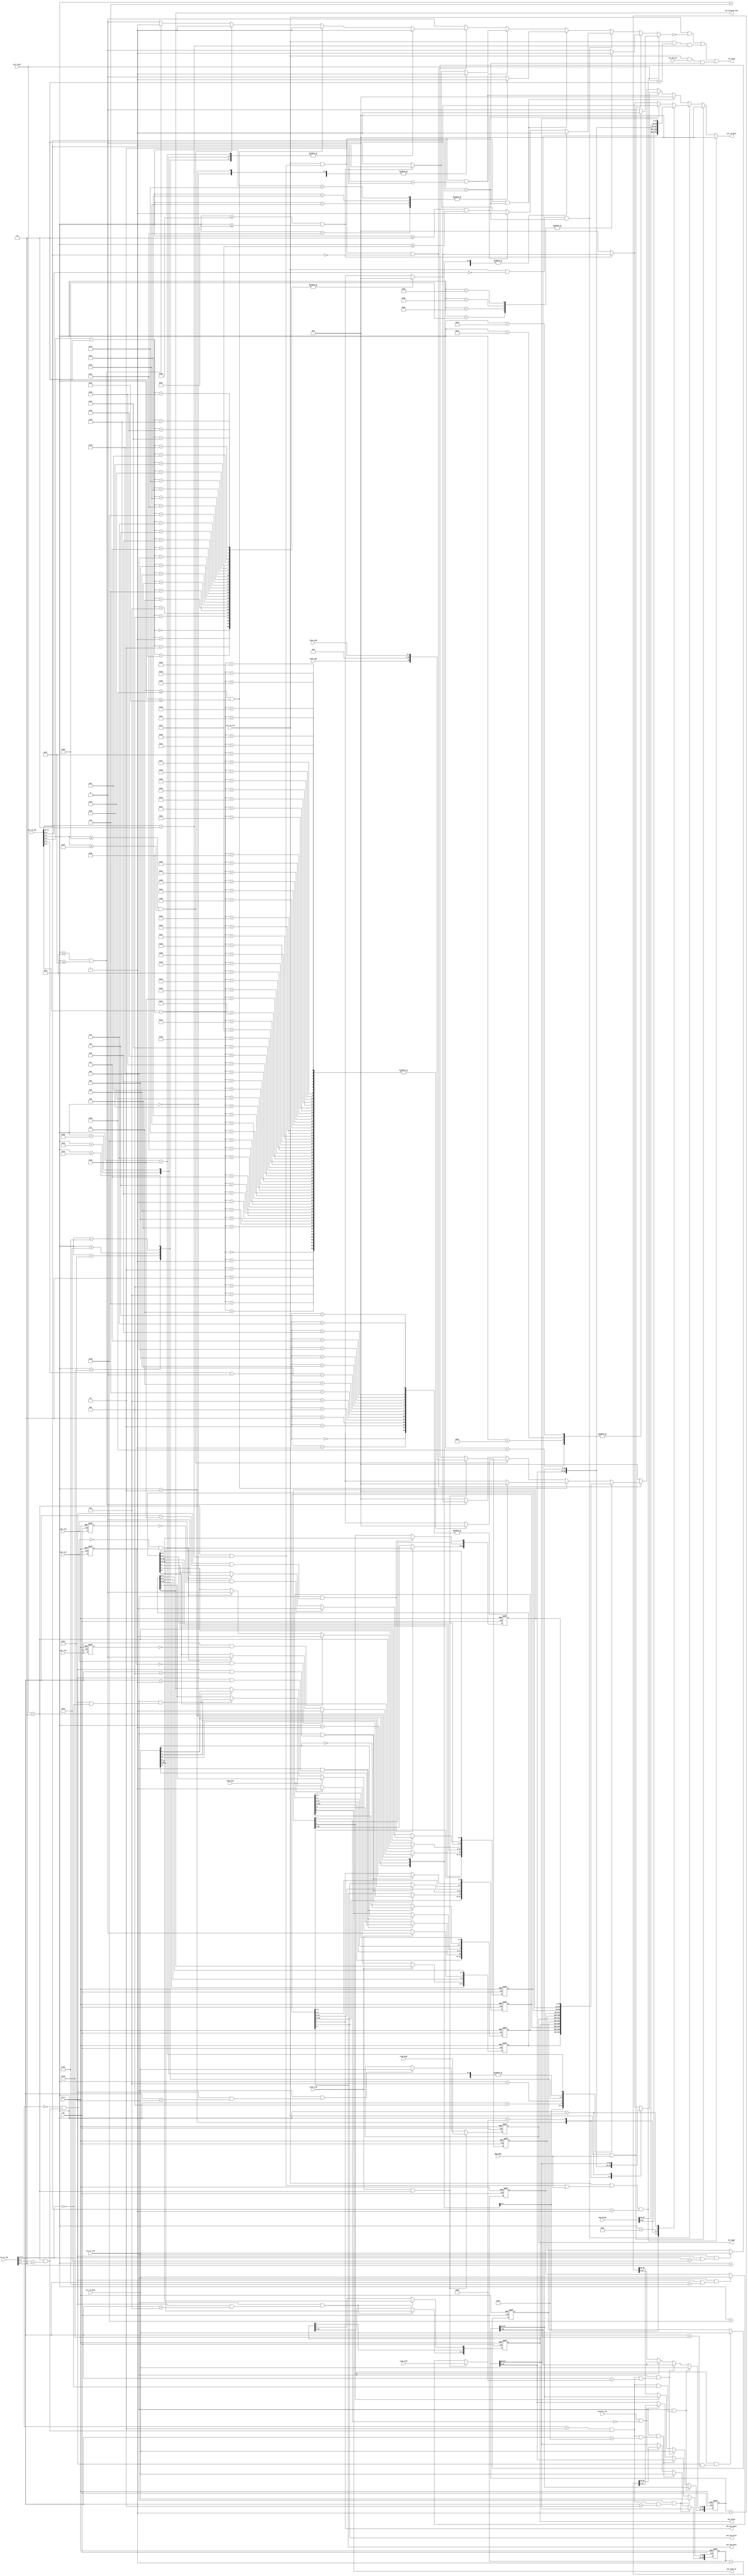
//************************************************************
// See LICENSE for license details.
//
// Module: uv_csr
//
// Designer: Owen
//
// Description:
//      Control & Status Registers (machine-level only).
//************************************************************

`timescale 1ns / 1ps

module uv_csr
#(
    parameter XLEN          = 32,
    parameter ARCH_ID       = 0,
    parameter IMPL_ID       = 0,
    parameter HART_ID       = 0,
    parameter VENDOR_ID     = 0
    
)
(
    input                   clk,
    input                   rst_n,
    
    // CSR read-write ports.
    input                   csr_rd_vld,
    input                   csr_wb_act,
    input  [11:0]           csr_rd_idx,
    output [XLEN-1:0]       csr_rd_data,

    input                   csr_wr_vld,
    input  [11:0]           csr_wr_idx,
    input  [XLEN-1:0]       csr_wr_data,

    // Non-inst ctrl & stat.
    input                   dbg_mode,
    input  [1:0]            pri_level,
    input  [63:0]           map_mtime,

    input                   trap_trig,
    input                   trap_exit,
    input                   trap_type,  // 1 for interrupt & 0 for exception.
    input  [3:0]            trap_code,
    input  [XLEN-1:0]       trap_mepc,
    input  [XLEN-1:0]       trap_info,

    input                   intr_ext,
    input                   intr_sft,
    input                   intr_tmr,

    input                   instret_inc,

    output                  out_misa_ie,    // 1 for RVI and 0 for RVE.
    output [XLEN-1:0]       out_mepc,
    output [XLEN-1:0]       out_mtvec,
    output                  out_mstatus_mie,
    output                  out_mie_meie,
    output                  out_mie_msie,
    output                  out_mie_mtie,

    output                  csr_excp
);

    localparam UDLY         = 1;
    localparam MXLEN        = XLEN;
    localparam DEF_CNT_HIB  = 1'b1;
    genvar i;
    
    // Address decoding.
    wire [1:0]              rd_rw_flag;
    wire [1:0]              wr_rw_flag;
    wire [1:0]              rd_pri_flag;
    wire [1:0]              wr_pri_flag;
    wire [7:0]              csr_rd_addr;
    wire [7:0]              csr_wr_addr;

    reg                     csr_ad_vld;
    wire                    csr_rw_flag_0;
    wire                    csr_rw_flag_1;
    wire                    csr_rw_flag_2;
    wire                    csr_rw_flag_3;
    wire                    csr_read_only;
    wire                    csr_read_write;

    wire                    csr_rd_ulevel;
    wire                    csr_rd_slevel;
    wire                    csr_rd_hlevel;
    wire                    csr_rd_mlevel;
    wire                    csr_wr_ulevel;
    wire                    csr_wr_slevel;
    wire                    csr_wr_hlevel;
    wire                    csr_wr_mlevel;

    wire                    hart_at_ulevel;
    wire                    hart_at_slevel;
    wire                    hart_at_hlevel;
    wire                    hart_at_mlevel;

    wire                    op_mvendorid;
    wire                    op_marchid;
    wire                    op_mimpid;
    wire                    op_mhartid;

    wire                    op_mstatus;
    wire                    op_misa;
    wire                    op_medeleg;
    wire                    op_mideleg;
    wire                    op_mie;
    wire                    op_mtvec;
    wire                    op_mcounteren;
    wire                    op_mstatush;

    wire                    op_mscratch;
    wire                    op_mepc;
    wire                    op_mcause;
    wire                    op_mtval;
    wire                    op_mip;
    wire                    op_mtinst;
    wire                    op_mtval2;

    wire                    op_pmpcfgs;
    wire                    op_pmpaddrs;

    wire                    op_mcycle;
    wire                    op_minstret;
    wire                    op_mhpmcounters;
    wire                    op_mcycleh;
    wire                    op_minstreth;
    wire                    op_mhpmcounterhs;

    wire                    op_mcountinhibit;
    wire                    op_mhpmevents;

    wire                    op_tselect;
    wire                    op_tdata1;
    wire                    op_tdata2;
    wire                    op_tdata3;

    wire                    op_dcsr;
    wire                    op_dpc;
    wire                    op_dscratch0;
    wire                    op_dscratch1;

    // CSR values.
    reg  [XLEN-1:0]         csr_rd_val;
    wire [XLEN-1:0]         csr_wr_val;

    // CSR fields.
    wire                    mie_msie;
    wire                    mie_mtie;
    wire                    mie_meie;
    wire                    mip_msip;
    wire                    mip_mtip;
    wire                    mip_meip;

    // Interrupt preprocess.
    reg                     intr_ext_p;
    reg                     intr_tmr_p;
    reg                     intr_sft_p;

    wire                    meip_set;
    wire                    mtip_set;
    wire                    msip_set;

    wire                    meip_clr;
    wire                    mtip_clr;
    wire                    msip_clr;

    //----------------------------------------------
    // Register Definitions.

    // User-level counters.
    wire [63:0]             ucycle;
    wire [63:0]             utime;
    wire [63:0]             uinstret;

    // Hardware performance counters (reserved for TMA in future impl).
    wire [63:0]             hpmcounters[0:28];

    // Machine information.
    wire [31:0]             mvendorid;
    wire [MXLEN-1:0]        marchid;
    wire [MXLEN-1:0]        mimpid;
    wire [MXLEN-1:0]        mhartid;

    // Machine trap setup.
    reg  [MXLEN-1:0]        mstatus;
    reg  [MXLEN-1:0]        misa;
    reg  [MXLEN-1:0]        mie;
    reg  [MXLEN-1:0]        mtvec;

    wire [31:0]             mcounteren;
    wire [MXLEN-1:0]        mstatush;
    wire [MXLEN-1:0]        medeleg;
    wire [MXLEN-1:0]        mideleg;

    // Machine trap handling.
    reg  [MXLEN-1:0]        mscratch;
    reg  [MXLEN-1:0]        mepc;
    reg  [MXLEN-1:0]        mcause;
    reg  [MXLEN-1:0]        mtval;
    reg  [MXLEN-1:0]        mip;

    wire [MXLEN-1:0]        mtinst;
    wire [MXLEN-1:0]        mtval2;

    // Machine memory protection.
    wire [MXLEN-1:0]        pmpcfgs [0:15];
    wire [MXLEN-1:0]        pmpaddrs[0:63];

    // Machine counter & timers.
    reg  [63:0]             mcycle;
    reg  [63:0]             minstret;
    wire [63:0]             mhpmcounters[0:28];

    // Machine counter setup.
    reg  [31:0]             mcountinhibit;
    wire [MXLEN-1:0]        mhpmevents[0:28];

    // For debug & trace.
    wire [MXLEN-1:0]        tselect;
    wire [MXLEN-1:0]        tdata1;
    wire [MXLEN-1:0]        tdata2;
    wire [MXLEN-1:0]        tdata3;

    // For debug only.
    wire [MXLEN-1:0]        dcsr;
    wire [MXLEN-1:0]        dpc;
    wire [MXLEN-1:0]        dscratch0;
    wire [MXLEN-1:0]        dscratch1;

    // Exception for CSR inst itself.
    wire                    excp_non_exist;
    wire                    excp_pri_level;
    wire                    excp_wr_ro_csr;

    //---------------------------------------
    // Operation Logics.

    // Decode CSR index.
    assign rd_rw_flag       = csr_rd_idx[11:10];
    assign wr_rw_flag       = csr_wr_idx[11:10];
    assign rd_pri_flag      = csr_rd_idx[9:8];
    assign wr_pri_flag      = csr_wr_idx[9:8];
    assign csr_rd_addr      = csr_rd_idx[7:0];
    assign csr_wr_addr      = csr_wr_idx[7:0];

    assign csr_rw_flag_0    = wr_rw_flag == 2'b00;
    assign csr_rw_flag_1    = wr_rw_flag == 2'b01;
    assign csr_rw_flag_2    = wr_rw_flag == 2'b10;
    assign csr_rw_flag_3    = wr_rw_flag == 2'b11;
    assign csr_read_only    = rd_rw_flag == 2'b11;
    assign csr_read_write   = ~csr_read_only;

    assign csr_rd_ulevel    = rd_pri_flag == 2'b00;
    assign csr_rd_slevel    = (pri_level >= 2'b01) && (rd_pri_flag == 2'b01);
    assign csr_rd_hlevel    = (pri_level >= 2'b10) && (rd_pri_flag == 2'b10);
    assign csr_rd_mlevel    = (pri_level == 2'b11) && (rd_pri_flag == 2'b11);
    assign csr_wr_ulevel    = wr_pri_flag == 2'b00;
    assign csr_wr_slevel    = (pri_level >= 2'b01) && (wr_pri_flag == 2'b01);
    assign csr_wr_hlevel    = (pri_level >= 2'b10) && (wr_pri_flag == 2'b10);
    assign csr_wr_mlevel    = (pri_level == 2'b11) && (wr_pri_flag == 2'b11);

    assign hart_at_ulevel   = pri_level == 2'b00;
    assign hart_at_slevel   = pri_level == 2'b01;
    assign hart_at_hlevel   = pri_level == 2'b10;
    assign hart_at_mlevel   = pri_level == 2'b11;

    assign op_mvendorid     = csr_rw_flag_3 && csr_wr_mlevel && (csr_wr_addr == 8'h11);
    assign op_marchid       = csr_rw_flag_3 && csr_wr_mlevel && (csr_wr_addr == 8'h12);
    assign op_mimpid        = csr_rw_flag_3 && csr_wr_mlevel && (csr_wr_addr == 8'h13);
    assign op_mhartid       = csr_rw_flag_3 && csr_wr_mlevel && (csr_wr_addr == 8'h14);

    assign op_mstatus       = csr_rw_flag_0 && csr_wr_mlevel && (csr_wr_addr == 8'h00);
    assign op_misa          = csr_rw_flag_0 && csr_wr_mlevel && (csr_wr_addr == 8'h01);
    assign op_medeleg       = csr_rw_flag_0 && csr_wr_mlevel && (csr_wr_addr == 8'h02);
    assign op_mideleg       = csr_rw_flag_0 && csr_wr_mlevel && (csr_wr_addr == 8'h03);
    assign op_mie           = csr_rw_flag_0 && csr_wr_mlevel && (csr_wr_addr == 8'h04);
    assign op_mtvec         = csr_rw_flag_0 && csr_wr_mlevel && (csr_wr_addr == 8'h05);
    assign op_mcounteren    = csr_rw_flag_0 && csr_wr_mlevel && (csr_wr_addr == 8'h06);
    assign op_mstatush      = csr_rw_flag_0 && csr_wr_mlevel && (csr_wr_addr == 8'h10);

    assign op_mscratch      = csr_rw_flag_0 && csr_wr_mlevel && (csr_wr_addr == 8'h40);
    assign op_mepc          = csr_rw_flag_0 && csr_wr_mlevel && (csr_wr_addr == 8'h41);
    assign op_mcause        = csr_rw_flag_0 && csr_wr_mlevel && (csr_wr_addr == 8'h42);
    assign op_mtval         = csr_rw_flag_0 && csr_wr_mlevel && (csr_wr_addr == 8'h43);
    assign op_mip           = csr_rw_flag_0 && csr_wr_mlevel && (csr_wr_addr == 8'h44);
    assign op_mtinst        = csr_rw_flag_0 && csr_wr_mlevel && (csr_wr_addr == 8'h4A);
    assign op_mtval2        = csr_rw_flag_0 && csr_wr_mlevel && (csr_wr_addr == 8'h4B);

    assign op_pmpcfgs       = csr_rw_flag_0 && csr_wr_mlevel && (csr_wr_addr[7:4] == 4'hA);
    assign op_pmpaddrs      = csr_rw_flag_0 && csr_wr_mlevel && (csr_wr_addr[7:4] >= 4'hB)
                                                             && (csr_wr_addr[7:4] <= 4'hE);

    assign op_mcycle        = csr_rw_flag_2 && csr_wr_mlevel && (csr_wr_addr == 8'h00);
    assign op_minstret      = csr_rw_flag_2 && csr_wr_mlevel && (csr_wr_addr == 8'h02);
    assign op_mhpmcounters  = csr_rw_flag_2 && csr_wr_mlevel && (csr_wr_addr >= 8'h03)
                                                             && (csr_wr_addr <= 8'h1F);

    generate
        if (XLEN == 32) begin: gen_op_mcnth_32
            assign op_mcycleh       = csr_rw_flag_2 && csr_wr_mlevel && (csr_wr_addr == 8'h80);
            assign op_minstreth     = csr_rw_flag_2 && csr_wr_mlevel && (csr_wr_addr == 8'h82);
            assign op_mhpmcounterhs = csr_rw_flag_2 && csr_wr_mlevel && (csr_wr_addr >= 8'h83)
                                                                     && (csr_wr_addr <= 8'h9F);
        end
        else begin: gen_op_mcnth_64
            assign op_mcycleh       = 1'b0;
            assign op_minstreth     = 1'b0;
            assign op_mhpmcounterhs = 1'b0;
        end
    endgenerate

    assign op_mcountinhibit = csr_rw_flag_0 && csr_wr_mlevel && (csr_wr_addr == 8'h20);
    assign op_mhpmevents    = csr_rw_flag_0 && csr_wr_mlevel && (csr_wr_addr >= 8'h23)
                                                             && (csr_wr_addr <= 8'h3F);

    assign op_tselect       = csr_rw_flag_1 && (csr_wr_mlevel | dbg_mode)
                                            && (csr_wr_addr == 8'hA0);
    assign op_tdata1        = csr_rw_flag_1 && (csr_wr_mlevel | dbg_mode)
                                            && (csr_wr_addr == 8'hA1);
    assign op_tdata2        = csr_rw_flag_1 && (csr_wr_mlevel | dbg_mode)
                                            && (csr_wr_addr == 8'hA2);
    assign op_tdata3        = csr_rw_flag_1 && (csr_wr_mlevel | dbg_mode)
                                            && (csr_wr_addr == 8'hA3);

    assign op_dcsr          = csr_rw_flag_1 && dbg_mode && (csr_wr_addr == 8'hB0);
    assign op_dpc           = csr_rw_flag_1 && dbg_mode && (csr_wr_addr == 8'hB1);
    assign op_dscratch0     = csr_rw_flag_1 && dbg_mode && (csr_wr_addr == 8'hB2);
    assign op_dscratch1     = csr_rw_flag_1 && dbg_mode && (csr_wr_addr == 8'hB3);

    // Output exceptions for CSR itself.
    assign excp_non_exist   = csr_rd_vld && (~csr_ad_vld);
    assign excp_pri_level   = csr_rd_vld && (pri_level < 2'b11) && (rd_pri_flag == 2'b11);
    assign excp_wr_ro_csr   = csr_rd_vld && csr_wb_act && csr_read_only;
    assign csr_excp         = excp_non_exist | excp_pri_level | excp_wr_ro_csr;

    // Output status.
    assign out_misa_ie      = misa[8];
    assign out_mepc         = mepc;
    assign out_mtvec        = mtvec;
    assign out_mstatus_mie  = mstatus[3];
    assign out_mie_meie     = mie_meie;
    assign out_mie_msie     = mie_msie;
    assign out_mie_mtie     = mie_mtie;

    // Output read value.
    assign csr_rd_data      = csr_rd_val;

    // Get CSR written value.
    assign csr_wr_val       = csr_wr_data;

    // Get CSR fields.
    assign mie_meie         = mie[11];
    assign mie_mtie         = mie[7];
    assign mie_msie         = mie[3];
    assign mip_meip         = mip[11];
    assign mip_mtip         = mip[7];
    assign mip_msip         = mip[3];

    // Preprocess interrupts.
    always @(posedge clk or negedge rst_n) begin
        if (~rst_n) begin
            intr_ext_p <= 1'b0;
            intr_tmr_p <= 1'b0;
            intr_sft_p <= 1'b0;
        end
        else begin
            intr_ext_p <= #UDLY intr_ext;
            intr_tmr_p <= #UDLY intr_tmr;
            intr_sft_p <= #UDLY intr_sft;
        end
    end

    assign meip_set         = intr_ext & (~intr_ext_p);
    assign mtip_set         = intr_tmr & (~intr_tmr_p);
    assign msip_set         = intr_sft & (~intr_sft_p);

    assign meip_clr         = (~intr_ext) & intr_ext_p;
    assign mtip_clr         = (~intr_ext) & intr_ext_p;
    assign msip_clr         = (~intr_ext) & intr_ext_p;

    // Shadow CSRs.
    assign ucycle           = mcycle;
    assign utime            = map_mtime;
    assign uinstret         = minstret;

    generate
        for (i = 0; i <= 28; i = i + 1) begin: gen_shadow_hpm
            assign hpmcounters[i] = mhpmcounters[i];
        end
    endgenerate

    // Tie fixed registers.
    assign mvendorid        = VENDOR_ID[31:0];
    assign marchid          = ARCH_ID[MXLEN-1:0];
    assign mimpid           = IMPL_ID[MXLEN-1:0];
    assign mhartid          = HART_ID[MXLEN-1:0];

    assign mstatush         = {MXLEN{1'b0}};
    assign medeleg          = {MXLEN{1'b0}};
    assign mideleg          = {MXLEN{1'b0}};
    assign mcounteren       = 32'b0;
    assign mtinst           = {MXLEN{1'b0}};
    assign mtval2           = {MXLEN{1'b0}};

    assign tselect          = {MXLEN{1'b0}};
    assign tdata1           = {MXLEN{1'b0}};
    assign tdata2           = {MXLEN{1'b0}};
    assign tdata3           = {MXLEN{1'b0}};

    assign dcsr             = {MXLEN{1'b0}};
    assign dpc              = {MXLEN{1'b0}};
    assign dscratch0        = {MXLEN{1'b0}};
    assign dscratch1        = {MXLEN{1'b0}};

    generate
        for (i = 0; i <= 15; i = i + 1) begin: gen_pmpcfgs
            assign pmpcfgs[i] = {MXLEN{1'b0}};
        end
    endgenerate

    generate
        for (i = 0; i <= 63; i = i + 1) begin: gen_pmpaddrs
            assign pmpaddrs[i] = {MXLEN{1'b0}};
        end
    endgenerate

    // Operate on mcycle.
    generate
        if (XLEN == 32) begin: gen_mcycle_32
            always @(posedge clk or negedge rst_n) begin
                if (~rst_n) begin
                    mcycle <= 64'd0;
                end
                else begin
                    if (csr_wr_vld & op_mcycle) begin
                        mcycle[31:0]  <= #UDLY csr_wr_val;
                    end
                    else if (csr_wr_vld & op_mcycleh) begin
                        mcycle[63:32] <= #UDLY csr_wr_val;
                    end
                    else if (~mcountinhibit[0]) begin
                        mcycle <= #UDLY mcycle + 1'b1;
                    end
                end
            end
        end
        else begin: gen_mcycle_64
            always @(posedge clk or negedge rst_n) begin
                if (~rst_n) begin
                    mcycle <= 64'd0;
                end
                else begin
                    if (csr_wr_vld & op_mcycle) begin
                        mcycle <= #UDLY csr_wr_val;
                    end
                    else if (~mcountinhibit[0]) begin
                        mcycle <= #UDLY mcycle + 1'b1;
                    end
                end
            end
        end
    endgenerate

    // Operate on minstret.
    generate
        if (XLEN == 32) begin: gen_minstret_32
            always @(posedge clk or negedge rst_n) begin
                if (~rst_n) begin
                    minstret <= 64'd0;
                end
                else begin
                    if (csr_wr_vld & op_minstret) begin
                        minstret[31:0]  <= #UDLY csr_wr_val;
                    end
                    else if (csr_wr_vld & op_minstreth) begin
                        minstret[63:32] <= #UDLY csr_wr_val;
                    end
                    else if (instret_inc & (~mcountinhibit[2])) begin
                        minstret <= #UDLY minstret + 1'b1;
                    end
                end
            end
        end
        else begin: gen_minstret_64
            always @(posedge clk or negedge rst_n) begin
                if (~rst_n) begin
                    minstret <= 64'd0;
                end
                else begin
                    if (csr_wr_vld & op_minstret) begin
                        minstret <= #UDLY csr_wr_val;
                    end
                    else if (instret_inc & (~mcountinhibit[2])) begin
                        minstret <= #UDLY minstret + 1'b1;
                    end
                end
            end
        end
    endgenerate

    // Operate on mhpmcounters. (Reserved for future TMA machanism.)
    generate
        for (i = 0; i <= 28; i = i + 1) begin: gen_mhpmcounters
            assign mhpmcounters[i] = 64'd0;
        end
    endgenerate

    // Operate on mhpmevents. (Reserved for future TMA machanism.)
    generate
        for (i = 0; i <= 28; i = i + 1) begin: gen_mhpmevents
            assign mhpmevents[i] = {MXLEN{1'b0}};
        end
    endgenerate

    // Operate on mcountinhibit.
    always @(posedge clk or negedge rst_n) begin
        if (~rst_n) begin
            mcountinhibit[31:2] <= {30{DEF_CNT_HIB}};
            mcountinhibit[1]    <= 1'b0;
            mcountinhibit[0]    <= DEF_CNT_HIB;
        end
        else begin
            if (csr_wr_vld & op_mcountinhibit) begin
                mcountinhibit[31:2] <= #UDLY csr_wr_val[31:2];
                mcountinhibit[0]    <= #UDLY csr_wr_val[0];
            end
        end
    end

    // Operate on misa.
    // FIXME: Enable RVE for IDU & RF read.
    always @(posedge clk or negedge rst_n) begin
        if (~rst_n) begin
            misa[MXLEN-1:MXLEN-2] <= 2'b01;
            misa[MXLEN-3:26]      <= {(MXLEN-28){1'b0}};
            misa[25:0]            <= 26'b000000_000000_0100010_0000000;
        end
        else begin
            if (csr_wr_vld & op_misa) begin
                misa[4]  <= #UDLY ~csr_wr_val[8];   // RVE
                misa[8]  <= #UDLY csr_wr_val[8];    // RVI
                misa[12] <= #UDLY csr_wr_val[12];   // RVM
            end
        end
    end

    // Operate on mstatus.
    always @(posedge clk or negedge rst_n) begin
        if (~rst_n) begin
            mstatus[MXLEN-1]    <= 1'b0;    // SD  ; tied to 0
            mstatus[MXLEN-2:23] <= {(MXLEN-24){1'b0}};  // WPRI, MBE, SBE, SXL, UXL; tied to 0
            mstatus[22]         <= 1'b0;    // TSR ; tied to 0
            mstatus[21]         <= 1'b0;    // TW  ; tied to 0
            mstatus[20]         <= 1'b0;    // TVM ; tied to 0
            mstatus[19]         <= 1'b0;    // MXR ; tied to 0
            mstatus[18]         <= 1'b0;    // SUM ; tied to 0
            mstatus[17]         <= 1'b0;    // MPRV; tied to 0
            mstatus[16:15]      <= 2'b0;    // XS  ; tied to 0
            mstatus[14:13]      <= 2'b0;    // FS  ; tied to 0
            mstatus[12:11]      <= 2'b11;   // MPP ; tied to 2'b11
            mstatus[10:9]       <= 2'b0;    // WPRI; tied to 0
            mstatus[8]          <= 1'b0;    // SPP ; tied to 0
            mstatus[7]          <= 1'b1;    // MPIE
            mstatus[6]          <= 1'b0;    // UBE ; tied to 0
            mstatus[5]          <= 1'b0;    // SPIE; tied to 0
            mstatus[4]          <= 1'b0;    // WPRI; tied to 0
            mstatus[3]          <= 1'b0;    // MIE
            mstatus[2]          <= 1'b0;    // WPRI; tied to 0
            mstatus[1]          <= 1'b0;    // SIE ; tied to 0
            mstatus[0]          <= 1'b0;    // WPRI; tied to 0
        end
        else begin
            if (trap_trig) begin
                mstatus[3] <= #UDLY 1'b0;
                mstatus[7] <= #UDLY mstatus[3];
            end
            else if (trap_exit) begin
                mstatus[3] <= #UDLY mstatus[7];
                mstatus[7] <= #UDLY 1'b1;
            end
            else if (csr_wr_vld & op_mstatus) begin
                mstatus[3] <= #UDLY csr_wr_val[3];
                mstatus[7] <= #UDLY csr_wr_val[7];
            end
        end
    end

    // Operate on mtvec.
    always @(posedge clk or negedge rst_n) begin
        if (~rst_n) begin
            mtvec[MXLEN-1:2] <= {(MXLEN-2){1'b0}};
            mtvec[1:0]       <= 2'b00;
        end
        else begin
            if (csr_wr_vld & op_mtvec) begin
                mtvec[MXLEN-1:2] <= #UDLY csr_wr_val[MXLEN-1:2];
                // mtvec[1]      <= #UDLY csr_wr_val[1];  // mode[1] is reserved.
                mtvec[0]         <= #UDLY csr_wr_val[0];
            end
        end
    end

    // Operate on mie.
    always @(posedge clk or negedge rst_n) begin
        if (~rst_n) begin
            mie[MXLEN-1:16] <= {(MXLEN-16){1'b0}};
            mie[15:12]      <= 4'b0;    // Unused; tied to 0
            mie[11]         <= 1'b0;    // MEIE
            mie[10]         <= 1'b0;    // Unused; tied to 0
            mie[9]          <= 1'b0;    // SEIE  ; tied to 0
            mie[8]          <= 1'b0;    // Unused; tied to 0
            mie[7]          <= 1'b0;    // MTIE
            mie[6]          <= 1'b0;    // Unused; tied to 0
            mie[5]          <= 1'b0;    // STIE  ; tied to 0
            mie[4]          <= 1'b0;    // Unused; tied to 0
            mie[3]          <= 1'b0;    // MSIE
            mie[2]          <= 1'b0;    // Unused; tied to 0
            mie[1]          <= 1'b0;    // SSIE  ; tied to 0
            mie[0]          <= 1'b0;    // Unused; tied to 0
        end
        else begin
            if (csr_wr_vld & op_mie) begin
                mie[11]     <= #UDLY csr_wr_val[11];
                mie[7]      <= #UDLY csr_wr_val[7];
                mie[3]      <= #UDLY csr_wr_val[3];
            end
        end
    end

    // Operate on mip.
    always @(posedge clk or negedge rst_n) begin
        if (~rst_n) begin
            mip[MXLEN-1:16] <= {(MXLEN-16){1'b0}};
            mip[15:12]      <= 4'b0;    // Unused; tied to 0
            mip[11]         <= 1'b0;    // MEIP
            mip[10]         <= 1'b0;    // Unused; tied to 0
            mip[9]          <= 1'b0;    // SEIP  ; tied to 0
            mip[8]          <= 1'b0;    // Unused; tied to 0
            mip[7]          <= 1'b0;    // MTIP
            mip[6]          <= 1'b0;    // Unused; tied to 0
            mip[5]          <= 1'b0;    // STIP  ; tied to 0
            mip[4]          <= 1'b0;    // Unused; tied to 0
            mip[3]          <= 1'b0;    // MSIP
            mip[2]          <= 1'b0;    // Unused; tied to 0
            mip[1]          <= 1'b0;    // SSIP  ; tied to 0
            mip[0]          <= 1'b0;    // Unused; tied to 0
        end
        else begin
            if (hart_at_mlevel) begin
                mip[11]     <= #UDLY meip_set ? 1'b1 : meip_clr ? 1'b0 : mip_meip;
                mip[7]      <= #UDLY mtip_set ? 1'b1 : mtip_clr ? 1'b0 : mip_mtip;
                mip[3]      <= #UDLY msip_set ? 1'b1 : msip_clr ? 1'b0 : mip_msip;
            end
        end
    end

    // Operate on mscratch.
    always @(posedge clk or negedge rst_n) begin
        if (~rst_n) begin
            mscratch <= {MXLEN{1'b0}};
        end
        else begin
            if (csr_wr_vld & op_mscratch) begin
                mscratch <= #UDLY csr_wr_val;
            end
        end
    end

    // Operate on mepc.
    always @(posedge clk or negedge rst_n) begin
        if (~rst_n) begin
            mepc <= {MXLEN{1'b0}};
        end
        else begin
            if (trap_trig & hart_at_mlevel) begin
                mepc <= #UDLY trap_mepc;
            end
            else if (csr_wr_vld & op_mepc) begin
                mepc <= #UDLY csr_wr_val;
            end
        end
    end

    // Operate on mcause.
    always @(posedge clk or negedge rst_n) begin
        if (~rst_n) begin
            mcause <= {MXLEN{1'b0}};
        end
        else begin
            if (trap_trig & hart_at_mlevel) begin
                mcause <= #UDLY {trap_type, {(MXLEN-5){1'b0}}, trap_code};
            end
            else if (csr_wr_vld & op_mcause) begin
                mcause <= #UDLY csr_wr_val;
            end
        end
    end

    // Operate on mtval.
    always @(posedge clk or negedge rst_n) begin
        if (~rst_n) begin
            mtval <= {MXLEN{1'b0}};
        end
        else begin
            if (trap_trig & hart_at_mlevel) begin
                mtval <= #UDLY trap_info;
            end
            else if (csr_wr_vld & op_mtval) begin
                mtval <= #UDLY csr_wr_val;
            end
        end
    end

    //--------------------------------
    // Read CSR value.
    wire [XLEN-1:0] ucycleh;
    wire [XLEN-1:0] utimeh;
    wire [XLEN-1:0] uinstreth;
    wire [XLEN-1:0] hpmcounterhs[0:28];
    wire [XLEN-1:0] mstatush_t;
    wire [XLEN-1:0] mcycleh;
    wire [XLEN-1:0] minstreth;
    wire [XLEN-1:0] mhpmcounterhs[0:28];

    generate
        if (XLEN == 32) begin: gen_csr_high_32
            assign ucycleh      = ucycle[63:32];
            assign utimeh       = utime[63:32];
            assign uinstreth    = uinstret[63:32];
            for (i = 0; i <= 28; i = i + 1) begin: gen_hpmcnth_32
                assign hpmcounterhs[i] = hpmcounters[i][63:32];
            end
            assign mstatush_t   = mstatush;
            assign mcycleh      = mcycle[63:32];
            assign minstreth    = minstret[63:32];
            for (i = 0; i <= 28; i = i + 1) begin: gen_mhpmcnth_32
                assign mhpmcounterhs[i] = mhpmcounters[i][63:32];
            end
        end
        else begin: gen_csr_high_64
            assign ucycleh      = {XLEN{1'b0}};
            assign utimeh       = {XLEN{1'b0}};
            assign uinstreth    = {XLEN{1'b0}};
            for (i = 0; i <= 28; i = i + 1) begin: gen_hpmcnth_64
                assign hpmcounterhs[i] = {XLEN{1'b0}};
            end
            assign mstatush_t   = {XLEN{1'b0}};
            assign mcycleh      = {XLEN{1'b0}};
            assign minstreth    = {XLEN{1'b0}};
            for (i = 0; i <= 28; i = i + 1) begin: gen_mhpmcnth_64
                assign mhpmcounterhs[i] = {XLEN{1'b0}};
            end
        end
    endgenerate

    always @(*) begin
        csr_rd_val = {XLEN{1'b0}};
        csr_ad_vld = 1'b1;
        if (csr_rd_vld && (csr_rd_mlevel || dbg_mode) && (rd_rw_flag == 2'b01)) begin
            case (csr_rd_addr)
                8'hA0  : csr_rd_val = tselect;
                8'hA1  : csr_rd_val = tdata1;
                8'hA2  : csr_rd_val = tdata2;
                8'hA3  : csr_rd_val = tdata3;
                default: begin
                    csr_rd_val      = {XLEN{1'b0}};
                    csr_ad_vld      = 1'b0;
                end
            endcase
        end
        else if (csr_rd_vld && dbg_mode) begin
            case (csr_rd_addr)
                8'hB0  : csr_rd_val = dcsr;
                8'hB1  : csr_rd_val = dpc;
                8'hB2  : csr_rd_val = dscratch0;
                8'hB3  : csr_rd_val = dscratch1;
                default: begin
                    csr_rd_val      = {XLEN{1'b0}};
                    csr_ad_vld      = 1'b0;
                end
            endcase
        end
        else if (csr_rd_vld && csr_rd_ulevel && (rd_rw_flag == 2'b11)) begin
            case (csr_rd_addr)
                8'h00  : csr_rd_val = ucycle[XLEN-1:0];
                8'h01  : csr_rd_val = utime[XLEN-1:0];
                8'h02  : csr_rd_val = uinstret[XLEN-1:0];
                8'h80  : csr_rd_val = ucycleh;
                8'h81  : csr_rd_val = utimeh;
                8'h82  : csr_rd_val = uinstreth;
                default: begin
                    if ((csr_rd_addr >= 8'h03) && (csr_rd_addr <= 8'h1F)) begin
                        csr_rd_val  = hpmcounters[csr_rd_addr-8'h03][XLEN-1:0];
                    end
                    else if ((csr_rd_addr >= 8'h83) && (csr_rd_addr <= 8'h9F)) begin
                        csr_rd_val  = hpmcounterhs[csr_rd_addr-8'h83];
                    end
                    else begin
                        csr_rd_val  = {XLEN{1'b0}};
                        csr_ad_vld  = 1'b0;
                    end
                end
            endcase
        end
        else if (csr_rd_vld && csr_rd_mlevel && (rd_rw_flag == 2'b11)) begin
            case (csr_rd_addr)
                8'h11  : csr_rd_val = mvendorid;
                8'h12  : csr_rd_val = marchid;
                8'h13  : csr_rd_val = mimpid;
                8'h14  : csr_rd_val = mhartid;
                default: begin
                    csr_rd_val      = {XLEN{1'b0}};
                    csr_ad_vld      = 1'b0;
                end
            endcase
        end
        else if (csr_rd_vld && csr_rd_mlevel && (rd_rw_flag == 2'b10)) begin
            case (csr_rd_addr)
                8'h00  : csr_rd_val = mcycle;
                8'h02  : csr_rd_val = minstret;
                8'h80  : csr_rd_val = mcycleh;
                8'h82  : csr_rd_val = minstreth;
                default: begin
                    if ((csr_rd_addr >= 8'h03) && (csr_rd_addr <= 8'h1F)) begin
                        csr_rd_val  = mhpmcounters[csr_rd_addr-8'h03];
                    end
                    if ((csr_rd_addr >= 8'h83) && (csr_rd_addr <= 8'h9F)) begin
                        csr_rd_val  = mhpmcounterhs[csr_rd_addr-8'h83];
                    end
                    else begin
                        csr_rd_val  = {XLEN{1'b0}};
                        csr_ad_vld  = 1'b0;
                    end
                end
            endcase
        end
        else if (csr_rd_vld && csr_rd_mlevel && (rd_rw_flag == 2'b00)) begin
            case (csr_rd_addr)
                8'h00  : csr_rd_val = mstatus;
                8'h01  : csr_rd_val = misa;
                8'h02  : csr_rd_val = medeleg;
                8'h03  : csr_rd_val = mideleg;
                8'h04  : csr_rd_val = mie;
                8'h05  : csr_rd_val = mtvec;
                8'h06  : csr_rd_val = mcounteren;
                8'h10  : csr_rd_val = mstatush_t;
                8'h40  : csr_rd_val = mscratch;
                8'h41  : csr_rd_val = mepc;
                8'h42  : csr_rd_val = mcause;
                8'h43  : csr_rd_val = mtval;
                8'h44  : csr_rd_val = mip;
                8'h4A  : csr_rd_val = mtinst;
                8'h4B  : csr_rd_val = mtval2;
                8'h20  : csr_rd_val = mcountinhibit;
                default: begin
                    if ((csr_rd_addr >= 8'hA0) && (csr_rd_addr <= 8'hAF)) begin
                        csr_rd_val  = pmpcfgs[csr_rd_addr-8'hA0];
                    end
                    else if ((csr_rd_addr >= 8'hB0) && (csr_rd_addr <= 8'hEF)) begin
                        csr_rd_val  = pmpaddrs[csr_rd_addr-8'hB0];
                    end
                    else if ((csr_rd_addr >= 8'h23) && (csr_rd_addr <= 8'h3F)) begin
                        csr_rd_val  = mhpmevents[csr_rd_addr-8'h23];
                    end
                    else begin
                        csr_rd_val  = {XLEN{1'b0}};
                        csr_ad_vld  = 1'b0;
                    end
                end
            endcase
        end
        else begin
            csr_rd_val = {XLEN{1'b0}};
            csr_ad_vld = 1'b0;
        end
    end

endmodule